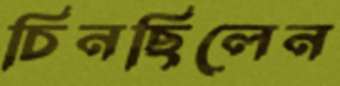
চিনছিলেন